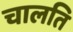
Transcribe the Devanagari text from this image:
चालति